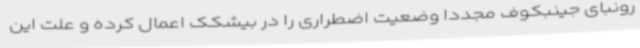
رونبای جینبکوف مجددا وضعیت اضطراری را در بیشکک اعمال کرده و علت این